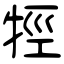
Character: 牼